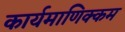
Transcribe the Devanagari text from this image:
कार्यमाणिक्कम